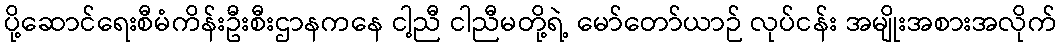
ပို့ဆောင်ရေးစီမံကိန်းဦးစီးဌာနကနေ ငါ့ညီ ငါညီမတို့ရဲ့ မော်တော်ယာဉ် လုပ်ငန်း အမျိုးအစားအလိုက်